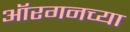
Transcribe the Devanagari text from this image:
ऑरगनच्या